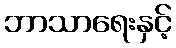
ဘာသာရေးနှင့်